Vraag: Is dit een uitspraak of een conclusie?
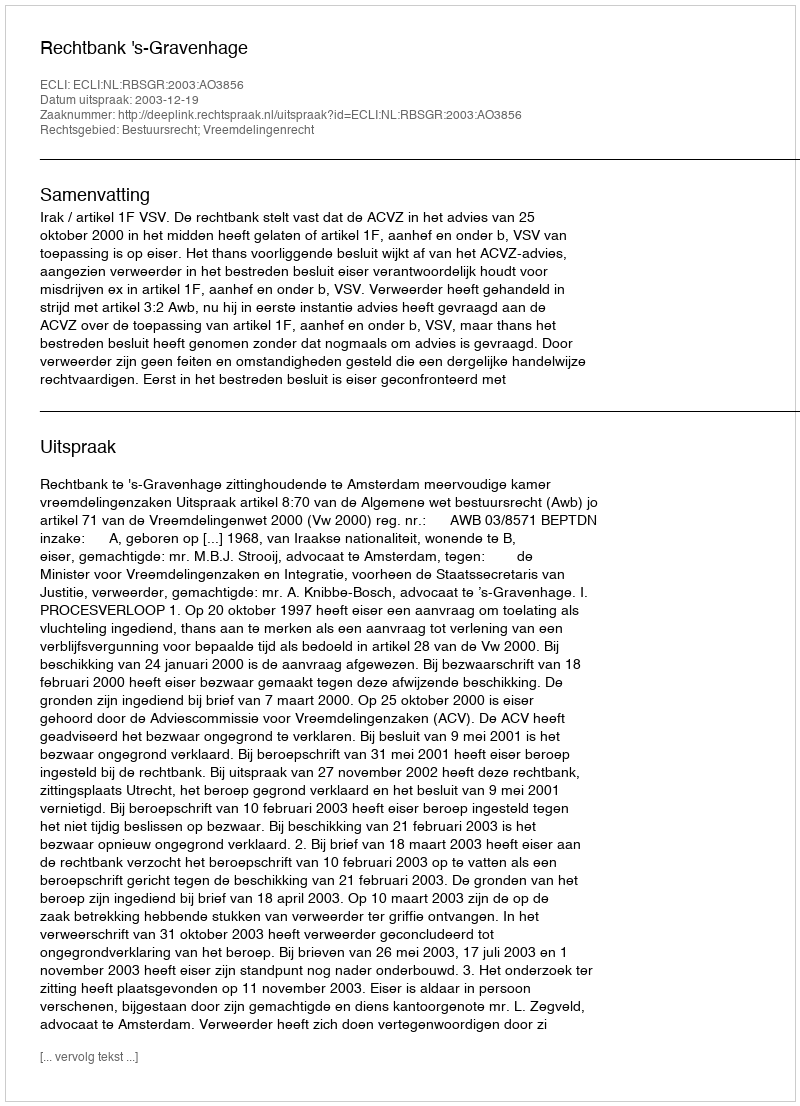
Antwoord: Uitspraak